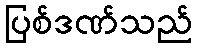
ပြစ်ဒဏ်သည်